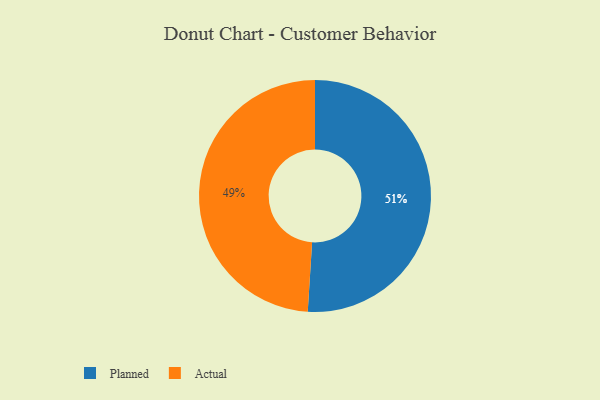
{"axis": {"x": "Category", "y": "Percentage"}, "legend": ["Actual", "Planned"], "data": [{"x": "Planned", "y": 51, "type": "Planned"}, {"x": "Actual", "y": 49, "type": "Actual"}]}